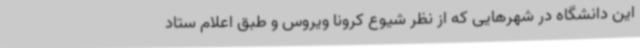
این دانشگاه در شهرهایی که از نظر شیوع کرونا ویروس و طبق اعلام ستاد